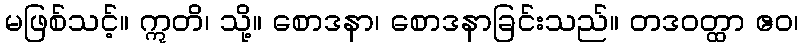
မဖြစ်သင့်။ ဣတိ၊ သို့။ စောဒနာ၊ စောဒနာခြင်းသည်။ တဒဝတ္ထာ ဧဝ၊